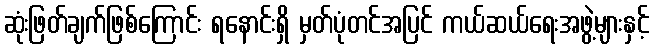
ဆုံးဖြတ်ချက်ဖြစ်ကြောင်း ရနောင်းရှိ မှတ်ပုံတင်အပြင် ကယ်ဆယ်ရေးအဖွဲ့များနှင့်